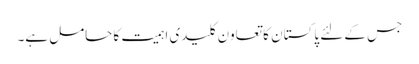
جس کے لئے پاکستان کا تعاون کلیدی اہمیت کا حامل ہے۔